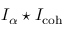
I _ { \alpha } \star I _ { \mathrm { c o h } }